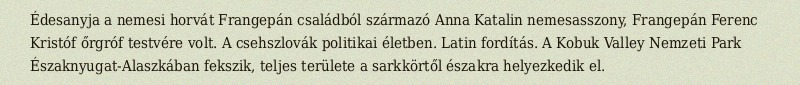
Édesanyja a nemesi horvát Frangepán családból származó Anna Katalin nemesasszony, Frangepán Ferenc Kristóf őrgróf testvére volt. A csehszlovák politikai életben. Latin fordítás. A Kobuk Valley Nemzeti Park Északnyugat-Alaszkában fekszik, teljes területe a sarkkörtől északra helyezkedik el.